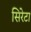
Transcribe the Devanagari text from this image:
सिरेटा